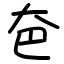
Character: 夿